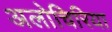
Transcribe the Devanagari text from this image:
अलोचिरिया